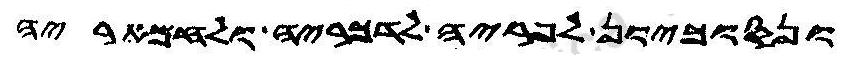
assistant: ונסוכיון לפריה לדכריה ולחמאריה